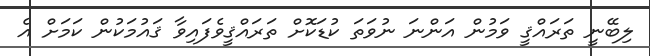
ލިބޭނީ ތަރައްޤީ ވަމުން އަންނަ ނުވަތަ ކުޑަކޮށް ތަރައްޤީވެފައިވާ ޤައުމަކުން ކަމަށް އެ